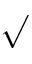
\surd